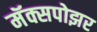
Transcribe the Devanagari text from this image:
मॅक्सपोझर